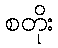
စတိုး